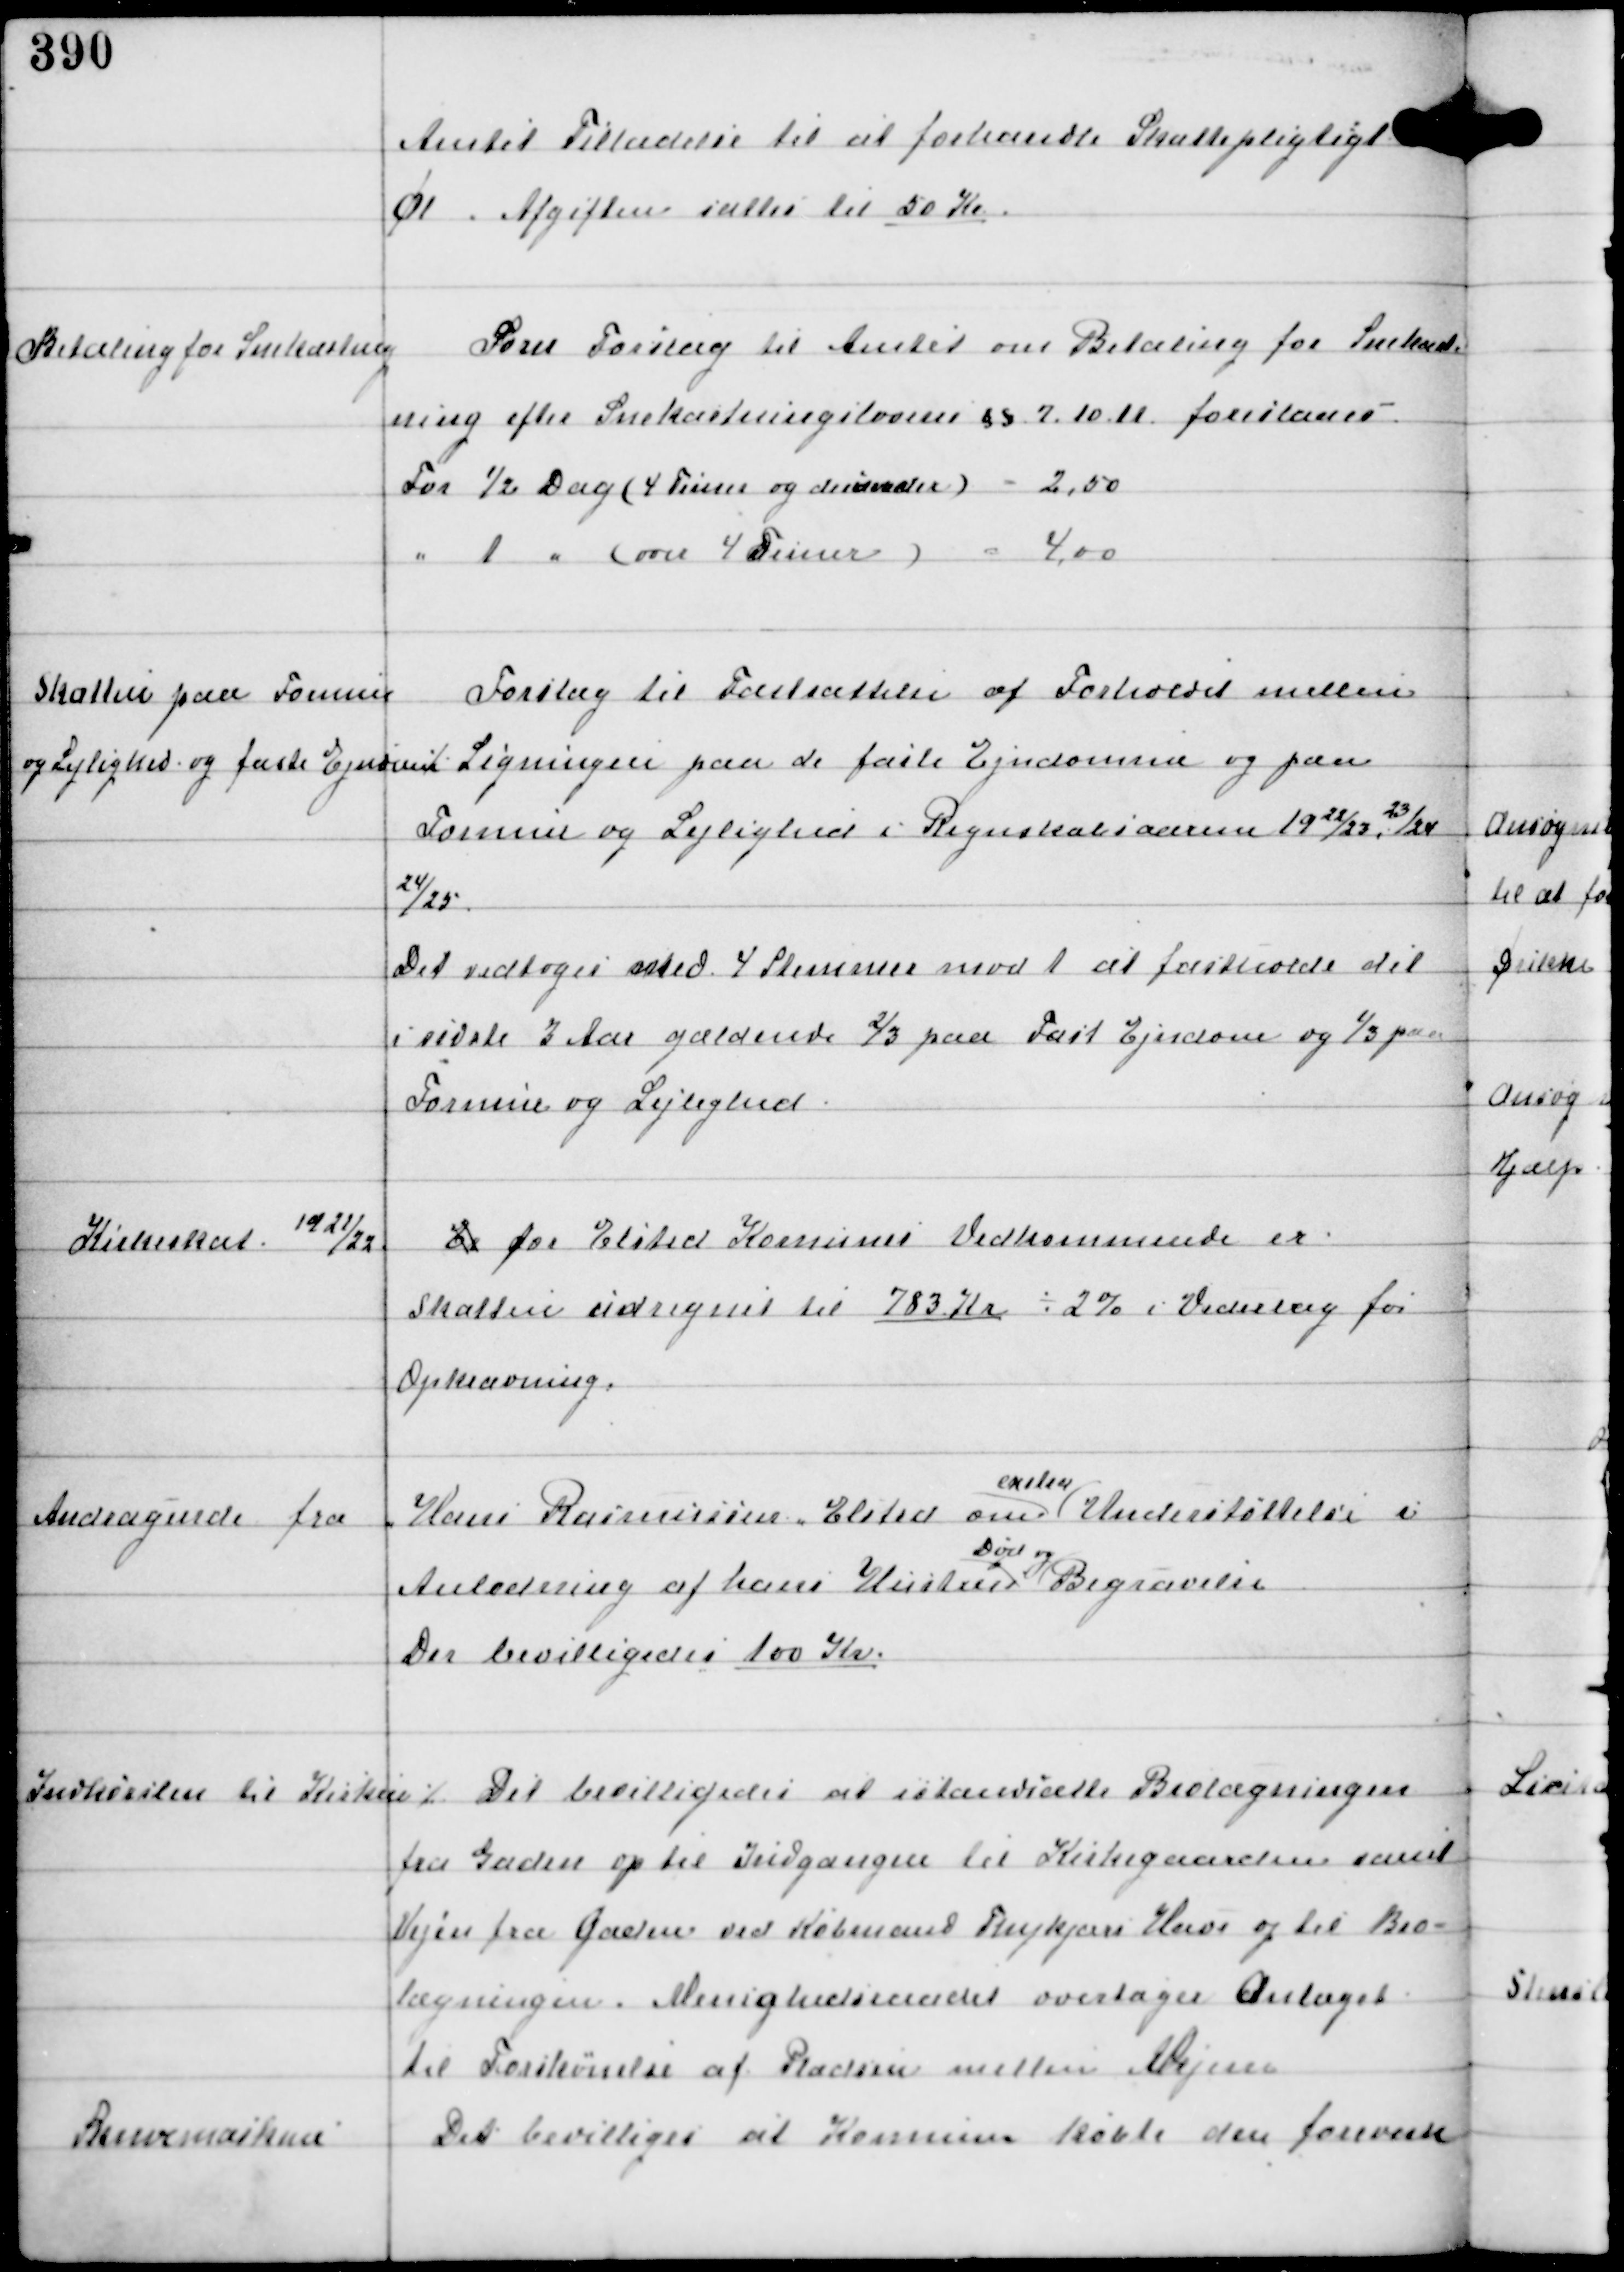
Transskription:
Amtet Tilladelse til at forhandle Skattepligtig
Øl. Afgiften sættes til 50 Kr

Betaling for Snekastning

Som Forslag til Amtet om Betaling for Snekast-
ning efter Snekastningslovens §§ 7.10.11 foreslaaes
For ½ Dag (4 Timer og derunder) - 2,50
" 1 " (over 4 Timer) - 4,00

Skatten paa Formue
og Lejlighed og faste Ejendom ⁒

Forslag til Fastsættelse af Forhold mellem
Ligningen paa de faste Ejendomme og paa
Formue og Lejlighed i Regnskabsaarene 1922/23, 23/24
24/25.
Det vedtoges med 4 Stemmer mod 1 at fastholde det
i sidste 3 Aar gældende 2/3 paa Fast Ejendom og 1/3 paa
Formue og Lejlighed

Kirkeskat
1921/22

Er for Elsted Komunes Vedkommende er:
Skatten udregnet til 783 Kr ÷ 2% i Vederlag for
Opkrævning.

Andragende fra
Hans Rasmussen, Elsted om
extra
Understøttelse i
Anledning af hans Hustrus
Død og
Begravelse
Der bevilligedes 100 Kr

Indkørslen til Kirken ⁒

Det bevilligedes at istandsætte Brolægningen
fra Gaden op til Indgangen til Kirkegaarden samt
Vejen fra Gaden ved Købmand Thykjærs Have og til Bro-
lægningen. Menighedsraadet overtager Anlæget
til Forskønnelse af Pladsen mellem Vejene

Skrivemaskine.

Det bevilligedes at Komunen købte den foreviste